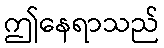
ဤနေရာသည်